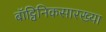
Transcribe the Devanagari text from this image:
बॉट्विनिकसारख्या